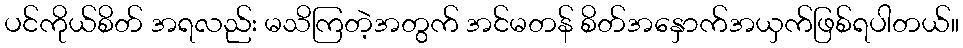
ပင်ကိုယ်စိတ် အရလည်း မသိကြတဲ့အတွက် အင်မတန် စိတ်အနှောက်အယှက်ဖြစ်ရပါတယ်။